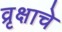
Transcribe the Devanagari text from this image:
व्रृक्षाचे